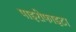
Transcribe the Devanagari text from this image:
पाइरोफाइटा